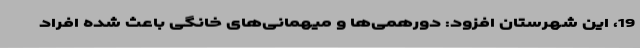
19، این شهرستان افزود: دورهمی‌ها و میهمانی‌های خانگی باعث شده افراد